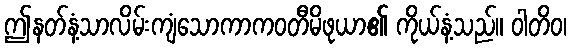
ဤနတ်နံ့သာလိမ်းကျံသောကာကဝတီမိဖုယာ၏ ကိုယ်နံ့သည်။ ဝါတိဝ၊